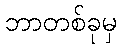
ဘာတစ်ခုမှ